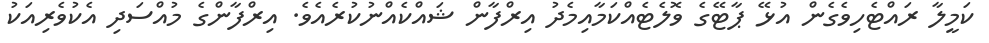
ކަމީލާ ރައްޓެހިވެގެން އުޅޭ ޕާޓޭގެ ވޮލެޓެއްކަމާއިމެދު އިރްފާން ޝައްކެއްނުކުރެއެވެ. އިރްފާންގެ މުއްސަދި އެކުވެރިއަކު